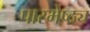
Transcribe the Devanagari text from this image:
पारमेष्ठ्य